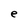
Character: e